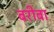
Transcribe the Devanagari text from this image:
बरीबा